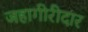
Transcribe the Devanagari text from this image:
जहागीरीदार